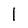
Character: I